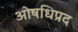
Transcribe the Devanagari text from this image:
ओषधिप्रद